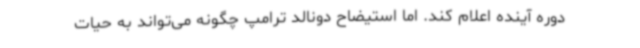
دوره آینده اعلام کند. اما استیضاح دونالد ترامپ چگونه می‌تواند به حیات